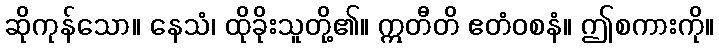
ဆိုကုန်သော။ နေသံ၊ ထိုခိုးသူတို့၏။ ဣတီတိ ဧတံဝစနံ။ ဤစကားကို။